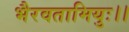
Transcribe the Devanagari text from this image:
भैरवतामियुः।।